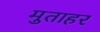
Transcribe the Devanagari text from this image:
मुताहर